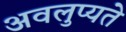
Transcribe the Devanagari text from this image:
अवलुप्यते